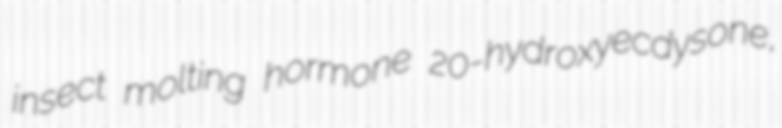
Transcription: insect molting hormone 20-hydroxyecdysone,